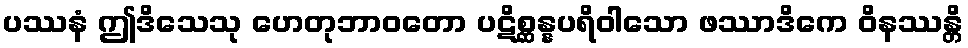
ပဿနံ ဤဒိသေသု ဟေတုဘာဝတော ပဋိစ္ဆန္နပရိဝါသော ဖဿာဒိကေ ဝိနဿန္တိ